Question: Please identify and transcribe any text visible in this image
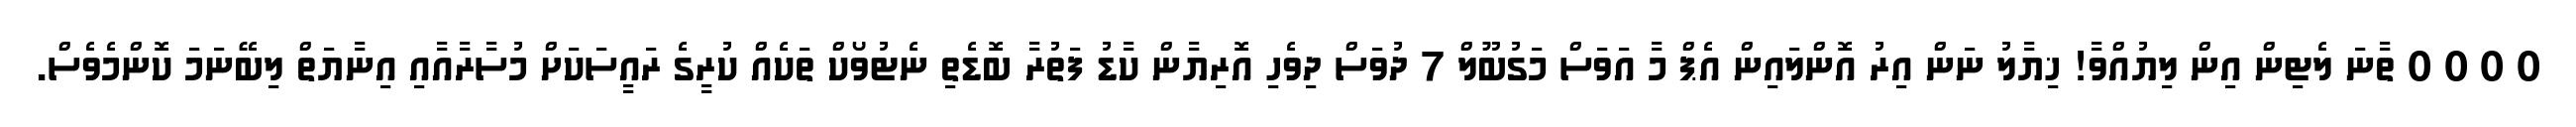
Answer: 0 0 0 0 ތާނަ ލެޓިން އިން ލިޔުއްވާ! ޚިޔާލު ނަން އިރު އޮންލައިން އެޕް މާ އަވަސް މަގުބޫލް 7 ދުވަސް ދިވެހި އޮރިޔާން ކާޑު ފަތުރާ ބޮޑެތި ނެޓުވޯކް ތަކެއް ކުރީގެ ރައީސަކަށް މުސާރާއާއި އިނާޔަތް ލިބޭނަމަ ކޮންމެވެސް.